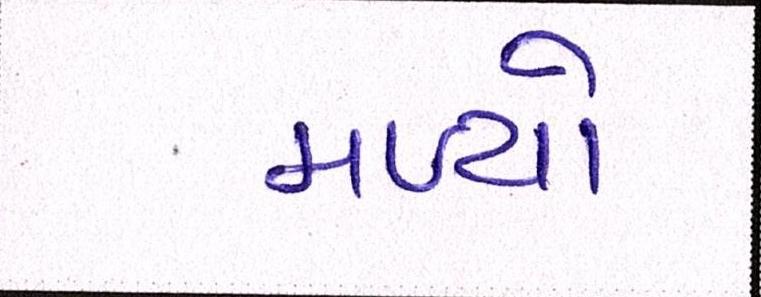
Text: મળ્યો